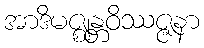
အာဒိမဇ္ဈန္တဝိဿဇ္ဇနာ